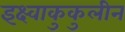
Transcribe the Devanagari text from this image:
इक्ष्वाकुकुलीन